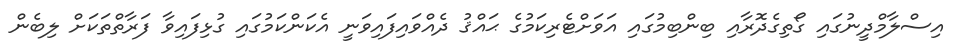
އިސްލާމްދީނުގައި ގޯތިގެދޮރާއި ބިންބިމުގައި އަވަށްޓެރިކަމުގެ ޙައްޤު ދެއްވައިފައިވަނީ އެކަންކަމުގައި ގުޅިފައިވާ ފަރާތްތަކަށް ލިބެން